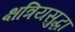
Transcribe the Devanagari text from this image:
क्षत्रियसुद्धा